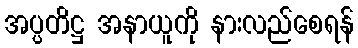
အပ္ပတိဋ္ဌ အနာယူကို နားလည်စေရန်